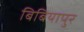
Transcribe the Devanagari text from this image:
बिबियापुर